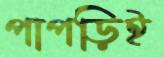
পাপড়িই